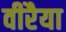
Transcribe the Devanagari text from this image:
वीरैया